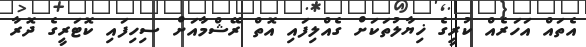
އެތައް އަހަރެއް ކުރީގެ ޚިޔާލުތަކަށް ގެއްލިފައި އޮތް ރޭޝްމާއަށް ސިހިފައި ކޮޓަރީގެ ދޮރާ